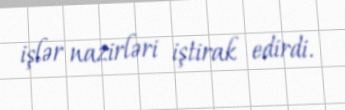
işlər nazirləri iştirak edirdi.